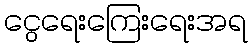
ငွေရေးကြေးရေးအရ